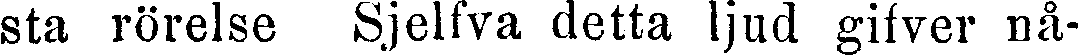
sta rörelse Sjelfva detta ljud gifver nå-